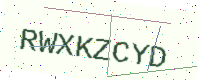
Text: RWXKZCYD